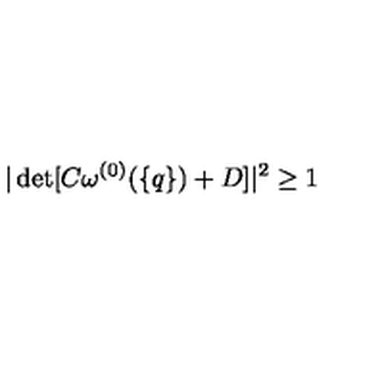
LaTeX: | \det [ C \omega ^ { ( 0 ) } ( \{ q \} ) + D ] | ^ { 2 } \geq 1